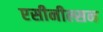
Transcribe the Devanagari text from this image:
एसीनील्सन